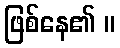
ဖြစ်နေ၏ ။